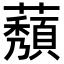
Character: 𬟒